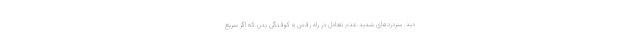
دید. سردردهای شدید.عدم تعادل در راه رفتن و کوفتگی بدن که اگر سریع